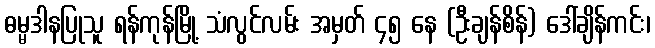
ဓမ္မဒါနပြုသူ ရန်ကုန်မြို့ သံလွင်လမ်း အမှတ် ၄၅ နေ (ဦးချန်စိန်) ဒေါ်ချိန်ကင်း၊